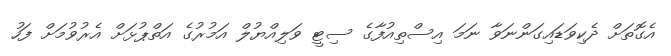
އެގޮތަށް ދެކިވަޑައިގަންނަވާ ނަމަ އިސްތިއުފާގެ ސިޓީ ވަލިއްޔުލް އަމުރުގެ އަތްޕުޅަށް އެރުވުމަށް ފަހު